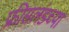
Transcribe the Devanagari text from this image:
फ्रीसलंडच्या